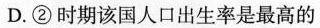
D.②时期该国人口出生率是最高的